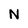
Character: N